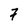
Character: 7